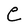
Character: C